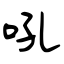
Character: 吼